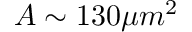
A \sim 1 3 0 \mu m ^ { 2 }